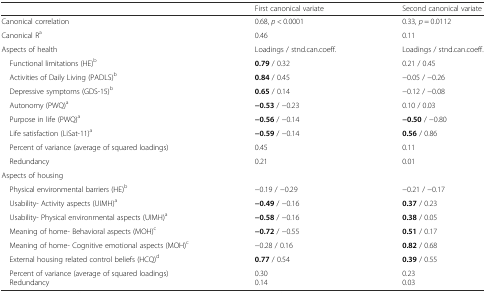
<table><thead><tr><td></td><td><b>First canonical variate</b></td><td><b>Second canonical variate</b></td></tr></thead><tbody><tr><td>Canonical correlation</td><td>0.68, <i>p</i> &lt; 0.0001</td><td>0.33, <i>p</i> = 0.0112</td></tr><tr><td>Canonical R<sup>a</sup></td><td>0.46</td><td>0.11</td></tr><tr><td>Aspects of health</td><td>Loadings / stnd.can.coeff.</td><td>Loadings / stnd.can.coeff.</td></tr><tr><td> Functional limitations (HE)<sup>b</sup></td><td><b>0.79</b> / 0.32</td><td>0.21 / 0.45</td></tr><tr><td> Activities of Daily Living (PADLS)<sup>b</sup></td><td><b>0.84</b> / 0.45</td><td>−0.05 / −0.26</td></tr><tr><td> Depressive symptoms (GDS-15)<sup>b</sup></td><td><b>0.65</b> / 0.14</td><td>−0.12 / −0.08</td></tr><tr><td> Autonomy (PWQ)<sup>a</sup></td><td><b>−0.53</b> / −0.23</td><td>0.10 / 0.03</td></tr><tr><td> Purpose in life (PWQ)<sup>a</sup></td><td><b>−0.56</b> / −0.14</td><td><b>−0.50</b> / −0.80</td></tr><tr><td> Life satisfaction (LiSat-11)<sup>a</sup></td><td><b>−0.59</b> / −0.14</td><td><b>0.56</b> / 0.86</td></tr><tr><td> Percent of variance (average of squared loadings)</td><td>0.45</td><td>0.11</td></tr><tr><td> Redundancy</td><td>0.21</td><td>0.01</td></tr><tr><td>Aspects of housing</td><td></td><td></td></tr><tr><td> Physical environmental barriers (HE)<sup>b</sup></td><td>−0.19 / −0.29</td><td>−0.21 / −0.17</td></tr><tr><td> Usability- Activity aspects (UIMH)<sup>a</sup></td><td><b>−0.49</b> / −0.16</td><td><b>0.37</b> / 0.23</td></tr><tr><td> Usability- Physical environmental aspects (UIMH)<sup>a</sup></td><td><b>−0.58</b> / −0.16</td><td><b>0.38</b> / 0.05</td></tr><tr><td> Meaning of home- Behavioral aspects (MOH)<sup>c</sup></td><td><b>−0.72</b> / −0.55</td><td><b>0.51</b> / 0.17</td></tr><tr><td> Meaning of home- Cognitive emotional aspects (MOH)<sup>c</sup></td><td>−0.28 / 0.16</td><td><b>0.82</b> / 0.68</td></tr><tr><td> External housing related control beliefs (HCQ)<sup>d</sup></td><td><b>0.77</b> / 0.54</td><td><b>0.39</b> / 0.55</td></tr><tr><td> Percent of variance (average of squared loadings) Redundancy</td><td>0.300.14</td><td>0.230.03</td></tr></tbody></table>